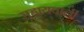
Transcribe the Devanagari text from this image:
सहायवाली